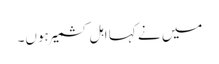
میں نے کہا اہل کشمیر ہوں۔